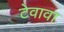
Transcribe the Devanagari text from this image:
टेवावा